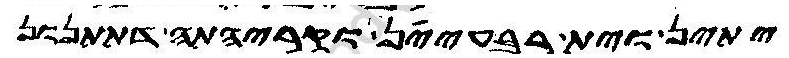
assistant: יתין וית רבעיין וקריהתה דתתנון